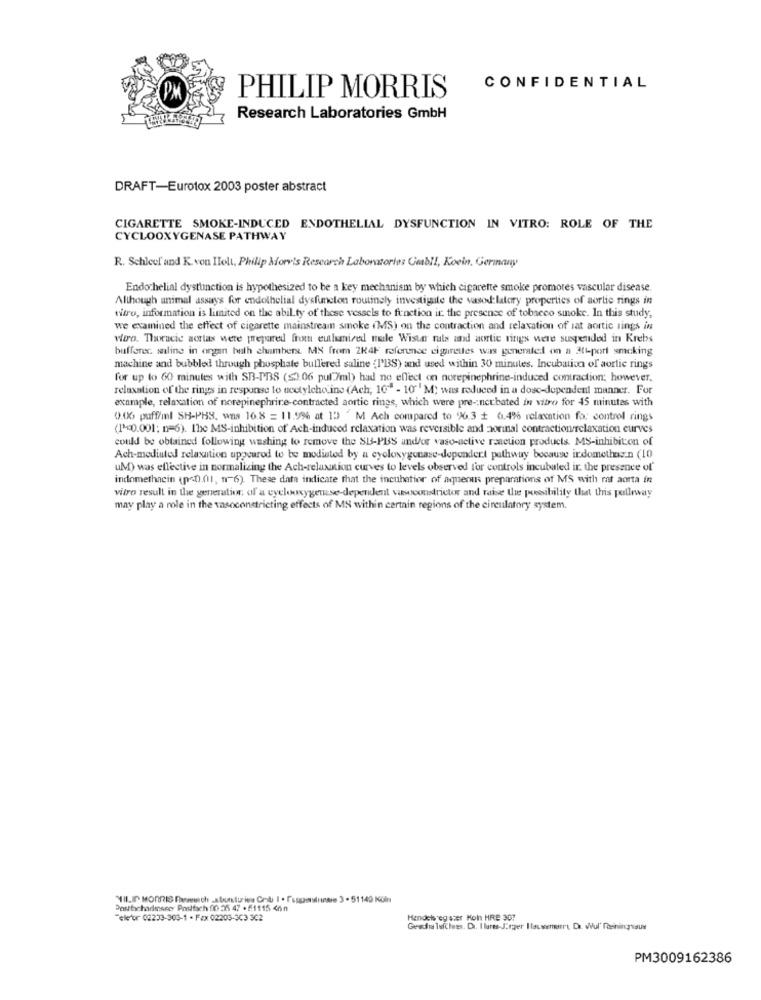
CONFIDENTIAL
PHILIP MORRIS
Research Laboratories GmbH
DRAFT-Eurotox 2003 poster abstract
CIGARETTE SMOKE-INDUCED ENDOTHELIAL DYSFUNCTION IN VITRO: ROLE OF THE
CYCLOOXYGENASE PATHWAY
R. Schlcef and K. von Ilolt, Philip More's Research Laboratories Umab !!, Koeln, Germany
Endo helial dystunction is hypothesized to be a key mechanism by which cigarette smoke promotes vascular disease.
Although animal assays for endothelial dysfunction routinely investigate the vasod latory properties of aortic rings in
vitro, information is limited on the abil ty of these vessels to function it: the presence of tobacco sinoke. In this study,
we examined the effect of cigarette mainstream smoke (MS) on the contraction and relaxation of sat aortic rings in
vitro. Thoracic aortas were prepared from eulmired maile Wister rals and aortic rings were suspended in Krebs
buffere. saline in ongan beth chambers MS from 2K4F reference cigarettes was generated on a att-port smoking
machine and bubbled through phosphate bullered saline {I'BS) and used within 30 minutes. Incubation of aortic rings
for up to 60 minutes with SB-PBS ($2.06 pul/ml) had no effect on norepinephrine-induced contraction; however.
relaxation of the rings in response to weetylcho ine (Ach, 10" - 10" M; was reduced in a dosc-dependent manner. For
example, relaxation of norepinephrine-contracted aortic rings, which were pre -; nctbated in vitro for 45 minutes with
0.06 puff/ml SH-PHS, was 16.8 = 11.9% at 13 "M Ach compared to 96.3 # 6.4% relaxation fo. control rings
(1><0.001; n=6). The MS-inhibition of' Ach-induced relaxation was reversible and aorinal contractionrelaxation curves
could be obtained following washing to remove the SU-PBS and/or vaso-active reaction products. MS-inhibition of
Ach-mediated relaxation uppeurod to be modisted by a eyeloxygenase-depender pathway because indomethazn (10
uM) was effective in normalizing the Ach-relaxation curves to levels observed for controls incubated in the presence of"
indomethacin (p<0.01, n"6). These data indicate that the incubation of aqueous preparations of MS with mat aorta in
vitro result in the generation of a cyclooxygense-dependent vasoconstrictor and raise the possibility that this pelleway
may play a role in the vasoconstricting effects of MS within certain regions of the circulatory system.
Postbcharlisso Postfach f0 25 47 . £1115 46n
ele or 02223-303-1 - Fax 02203-3C3 302
Handelsreg ster Koln HRE 307
Gesdu luches. Dr. Ilares-Jegper Ilauwenirrt De. Wul' Reiningue
PM3009162386